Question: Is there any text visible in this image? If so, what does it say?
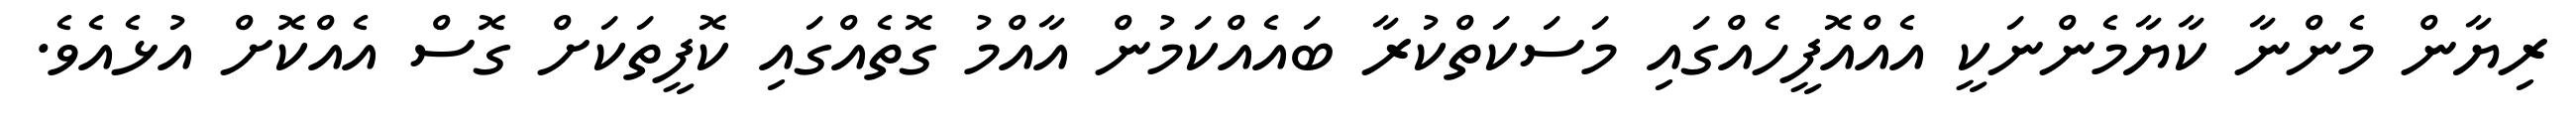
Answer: ރިޔާން މެންނާ ކާޔާމެންނަކީ އެއްއޮފީހެއްގައި މަސަކަތްކުރާ ބައެއްކަމުން އާއްމު ގޮތެއްގައި ކޮފީތަކަށް ގޮސް އެއްކޮށް އުޅެއެވެ.